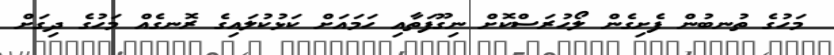
މަހުގެ ތުނބުން ފެށިގެން ލޯހުރަސްކޮށް ނިގޫފަތާއި ހަމައަށް ކަޅުކުލައިގެ ރޮނގެއް މަހުގެ ދިގަށް